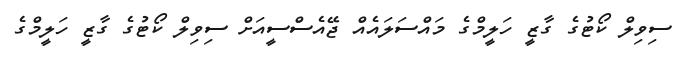
ސިވިލް ކޯޓުގެ ގާޒީ ހަލީމްގެ މައްސަލައެއް ޖޭއެސްސީއަށް ސިވިލް ކޯޓުގެ ގާޒީ ހަލީމްގެ